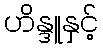
ဟိန္ဒူနှင့်